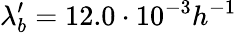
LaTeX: \lambda_{b}^{\prime}=12.0\cdot 10^{-3}h^{-1}